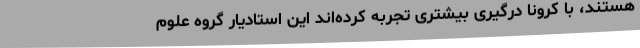
هستند، با کرونا درگیری بیشتری تجربه کرده‌اند این استادیار گروه علوم